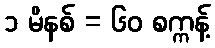
၁ မိနစ် = ၆၀ စက္ကန့်